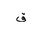
Letter: _qaf